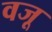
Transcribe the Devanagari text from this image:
वजू